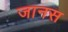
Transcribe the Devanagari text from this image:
जानस